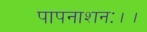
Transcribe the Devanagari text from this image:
पापनाशनः।।